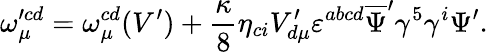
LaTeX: \omega_{\mu}^{\prime cd}=\omega_{\mu}^{cd}(V^{\prime})+\frac{\kappa}{8}\eta_{ci}V_{d\mu}^{\prime}\varepsilon^{abcd}\overline{{{\Psi}}}^{\prime}\gamma^{5}\gamma^{i}\Psi^{\prime}.